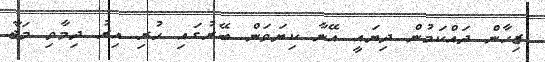
ޒިހާން ދައްކަމުން ދިޔައީ އޭނާ ކިޔަވަން ބޭރުގައި ހުރި އިރު ދިމާވި މަޖާ